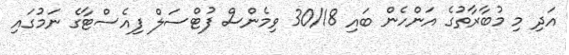
އަދި މި މުބާރާތުގެ އަންހެން ބައި 30/18 ވިމެންސް ފުޓްސަލް ފިއެސްޓާގެ ނަމުގައި